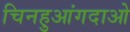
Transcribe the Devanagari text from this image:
चिनहुआंगदाओ